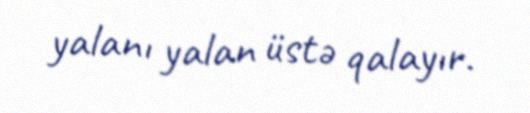
yalanı yalan üstə qalayır.